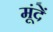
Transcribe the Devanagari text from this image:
मूंदें